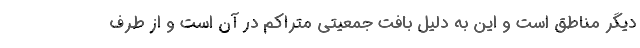
دیگر مناطق است و این به دلیل بافت جمعیتی متراکم در آن است و از طرف